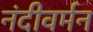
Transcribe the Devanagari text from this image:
नंदीवर्मन